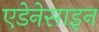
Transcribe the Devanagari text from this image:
एडेनेसाइन